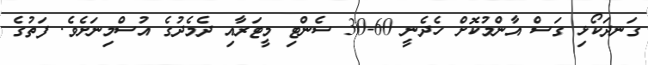
ގަނދަކޯޅި ގަސް އާންމުކޮށް ހެދެނީ 60-30 ސެންޓި މީޓަރާއި ދެމެދުގެ އުސްމިނަށެވެ. ފަތުގެ